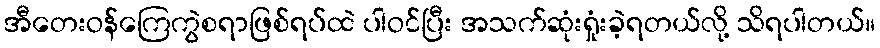
အီတေးဝန်ကြေကွဲစရာဖြစ်ရပ်ထဲ ပါဝင်ပြီး အသက်ဆုံးရှုံးခဲ့ရတယ်လို့ သိရပါတယ်။